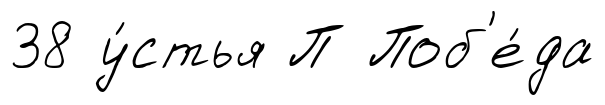
38 у́стья П Поб'е́да